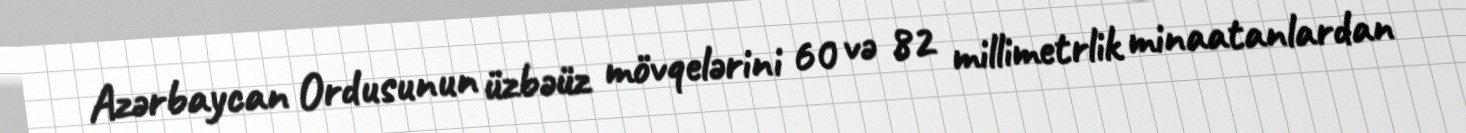
Azərbaycan Ordusunun üzbəüz mövqelərini 60 və 82 millimetrlik minaatanlardan